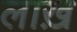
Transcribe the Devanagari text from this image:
लाख़